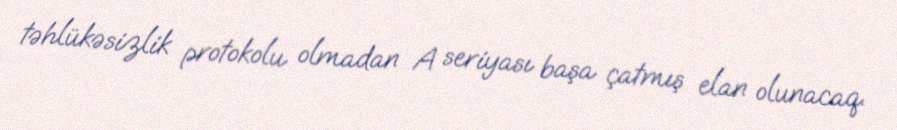
təhlükəsizlik protokolu olmadan A seriyası başa çatmış elan olunacaq.